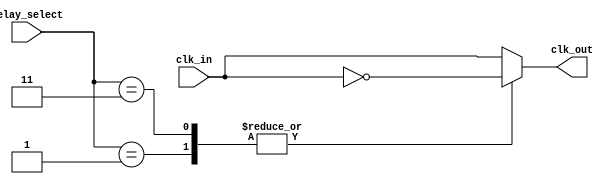
module delay_clock_buffer (
    input wire clk_in,          // Input clock signal
    input wire [2:0] delay_select, // Control signal for delay selection
    output reg clk_out          // Output delayed clock signal
);

    // Internal signals for delay stages
    wire clk_delayed_0;
    wire clk_delayed_1;
    wire clk_delayed_2;
    wire clk_delayed_3;

    // Delay stages implemented as buffers
    // Each buffer introduces a fixed delay
    // You can replace these with actual delay elements if needed
    assign clk_delayed_0 = clk_in;              // No delay
    assign clk_delayed_1 = ~clk_delayed_0;      // 1 buffer delay
    assign clk_delayed_2 = ~clk_delayed_1;      // 2 buffer delays
    assign clk_delayed_3 = ~clk_delayed_2;      // 3 buffer delays

    // Output selection based on delay_select
    always @(*) begin
        case (delay_select)
            3'b000: clk_out = clk_delayed_0; // No delay
            3'b001: clk_out = clk_delayed_1; // 1 buffer delay
            3'b010: clk_out = clk_delayed_2; // 2 buffer delays
            3'b011: clk_out = clk_delayed_3; // 3 buffer delays
            default: clk_out = clk_delayed_0; // Default to no delay
        endcase
    end

endmodule